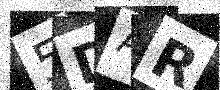
Text: 5DAR